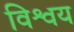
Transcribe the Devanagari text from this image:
विश्वय